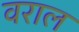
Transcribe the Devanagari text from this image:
वराल